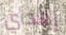
إهدأي